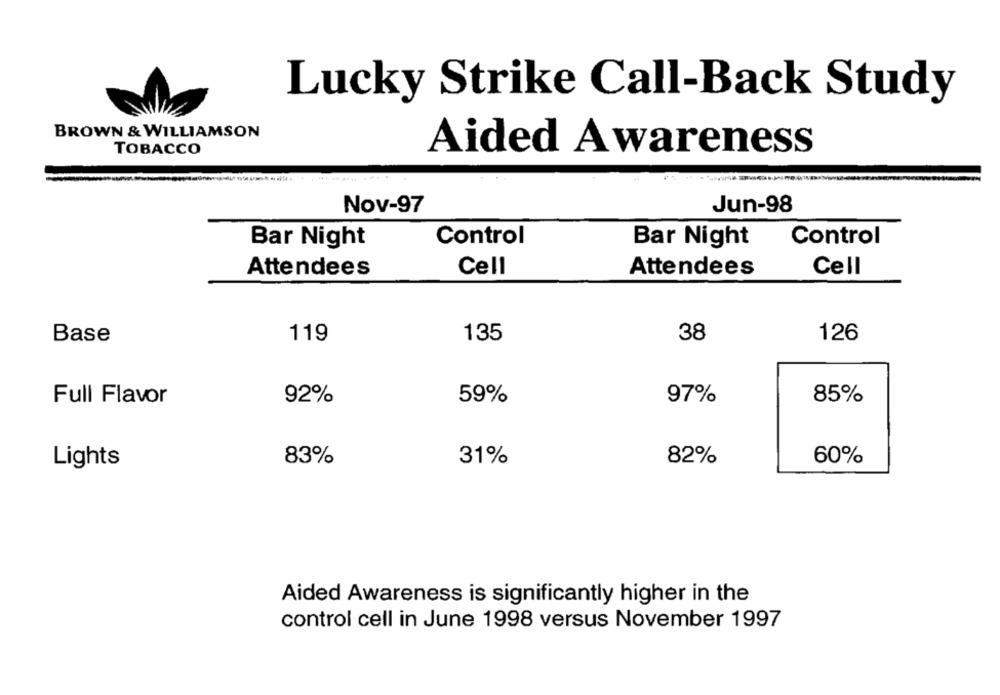
Lucky Strike Call-Back Study
BROWN & WILLIAMSON
TOBACCO
Aided Awareness
Nov-97
Jun-98
Control
Control
Bar Night
Bar Night
Cell
Attendees
Cell
Attendees
Base
119
135
38
126
Full Flavor
92%
59%
97%
85%
Lights
83%
31%
82%
60%
Aided Awareness is significantly higher in the
control cell in June 1998 versus November 1997